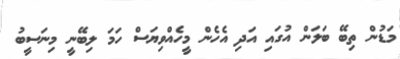
މަޑުން ތިބޭ ބަލަން އުގައި އަދި އެހެން މީހެއްވިޔަސް ހަމަ ލިބޭނީ މިނަސީބު